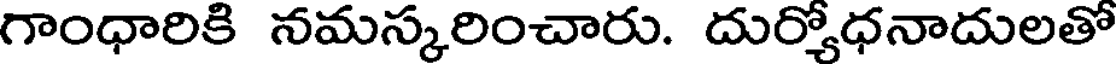
గాంధారికి నమస్కరించారు. దుర్యోధనాదులతో